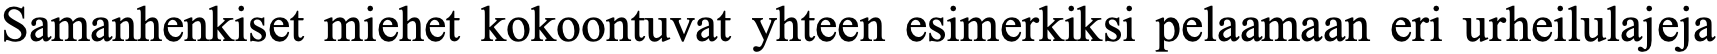
Samanhenkiset miehet kokoontuvat yhteen esimerkiksi pelaamaan eri urheilulajeja